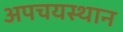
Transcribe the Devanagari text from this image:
अपचयस्थान